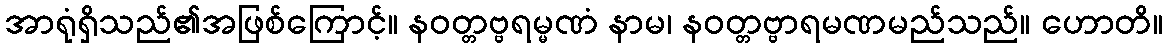
အာရုံရှိသည်၏အဖြစ်ကြောင့်။ နဝတ္တဗ္ဗရမ္မဏံ နာမ၊ နဝတ္တဗ္ဗာရမဏမည်သည်။ ဟောတိ။